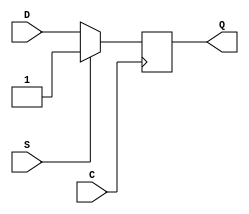
module SB_DFFNSS (output Q, input C, S, D);
	reg Q = 0;
	always @(negedge C)
		if (S)
			Q <= 1;
		else
			Q <= D;
endmodule